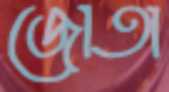
জোতা